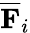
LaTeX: \overline{{\mathbf{F}}}_{i}